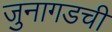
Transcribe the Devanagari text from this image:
जुनागडची